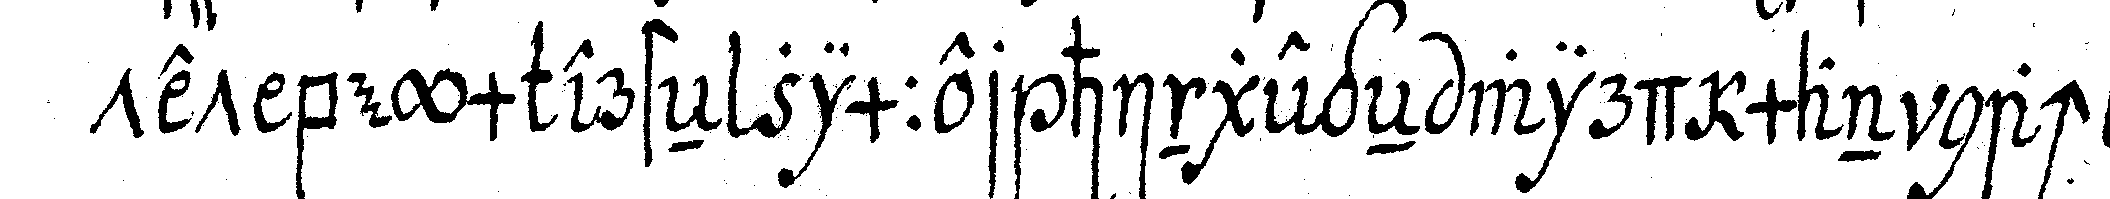
tet beym ersteN zimmer hingegeN wird man nach